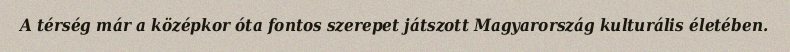
A térség már a középkor óta fontos szerepet játszott Magyarország kulturális életében.